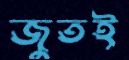
জুতই